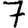
Digit: 7